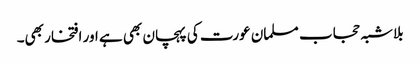
بلاشبہ حجاب مسلمان عورت کی پہچان بھی ہے اور افتخار بھی۔